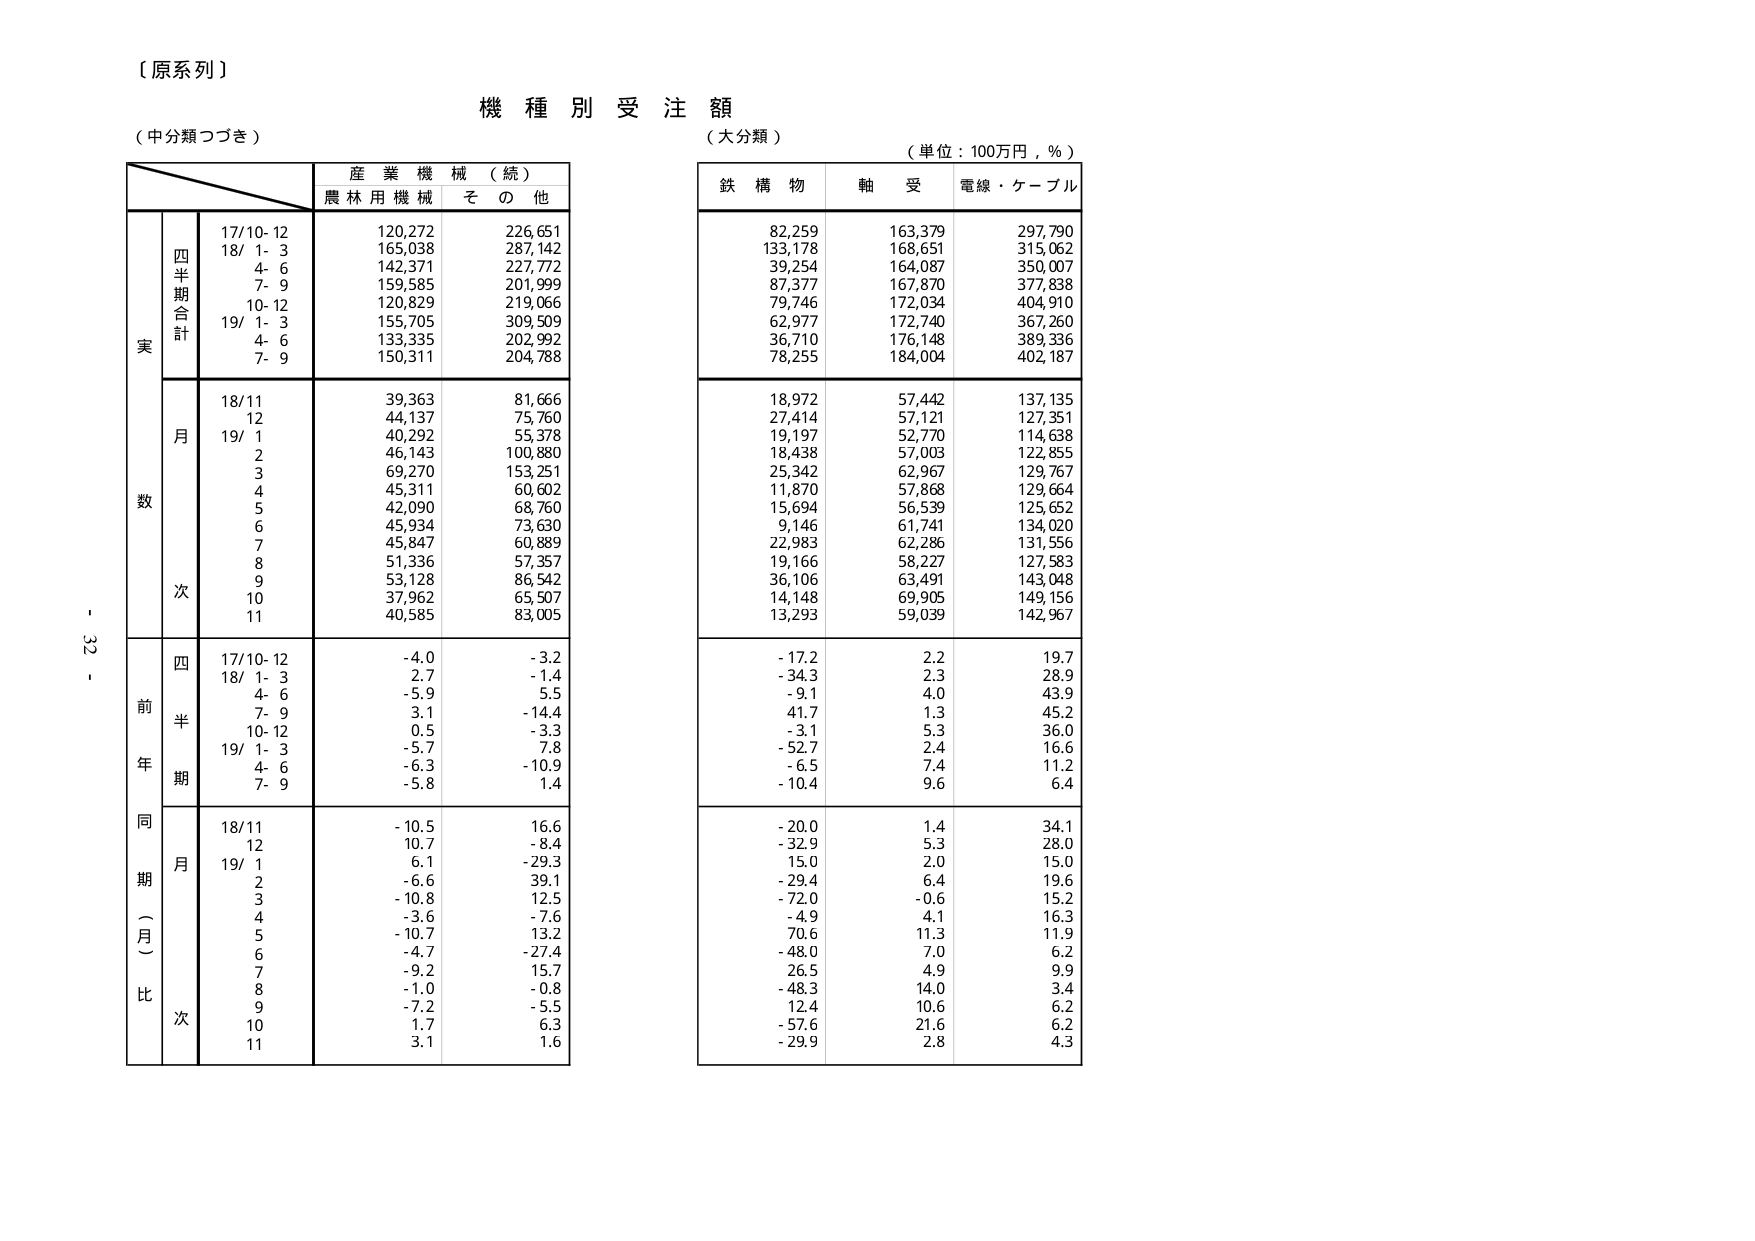
【原系列】

機種別受注額

（中分類つづき）　　　　　　　　　　　　　　　　　　　　（大分類）

（単位：100万円，％）